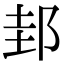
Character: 邽